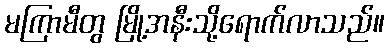
မကြာမီတွ မြို့အနီးသို့ရောက်လာသည်။